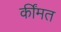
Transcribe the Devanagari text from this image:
कींमत